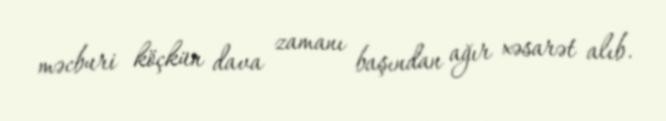
məcburi köçkün dava zamanı başından ağır xəsarət alıb.